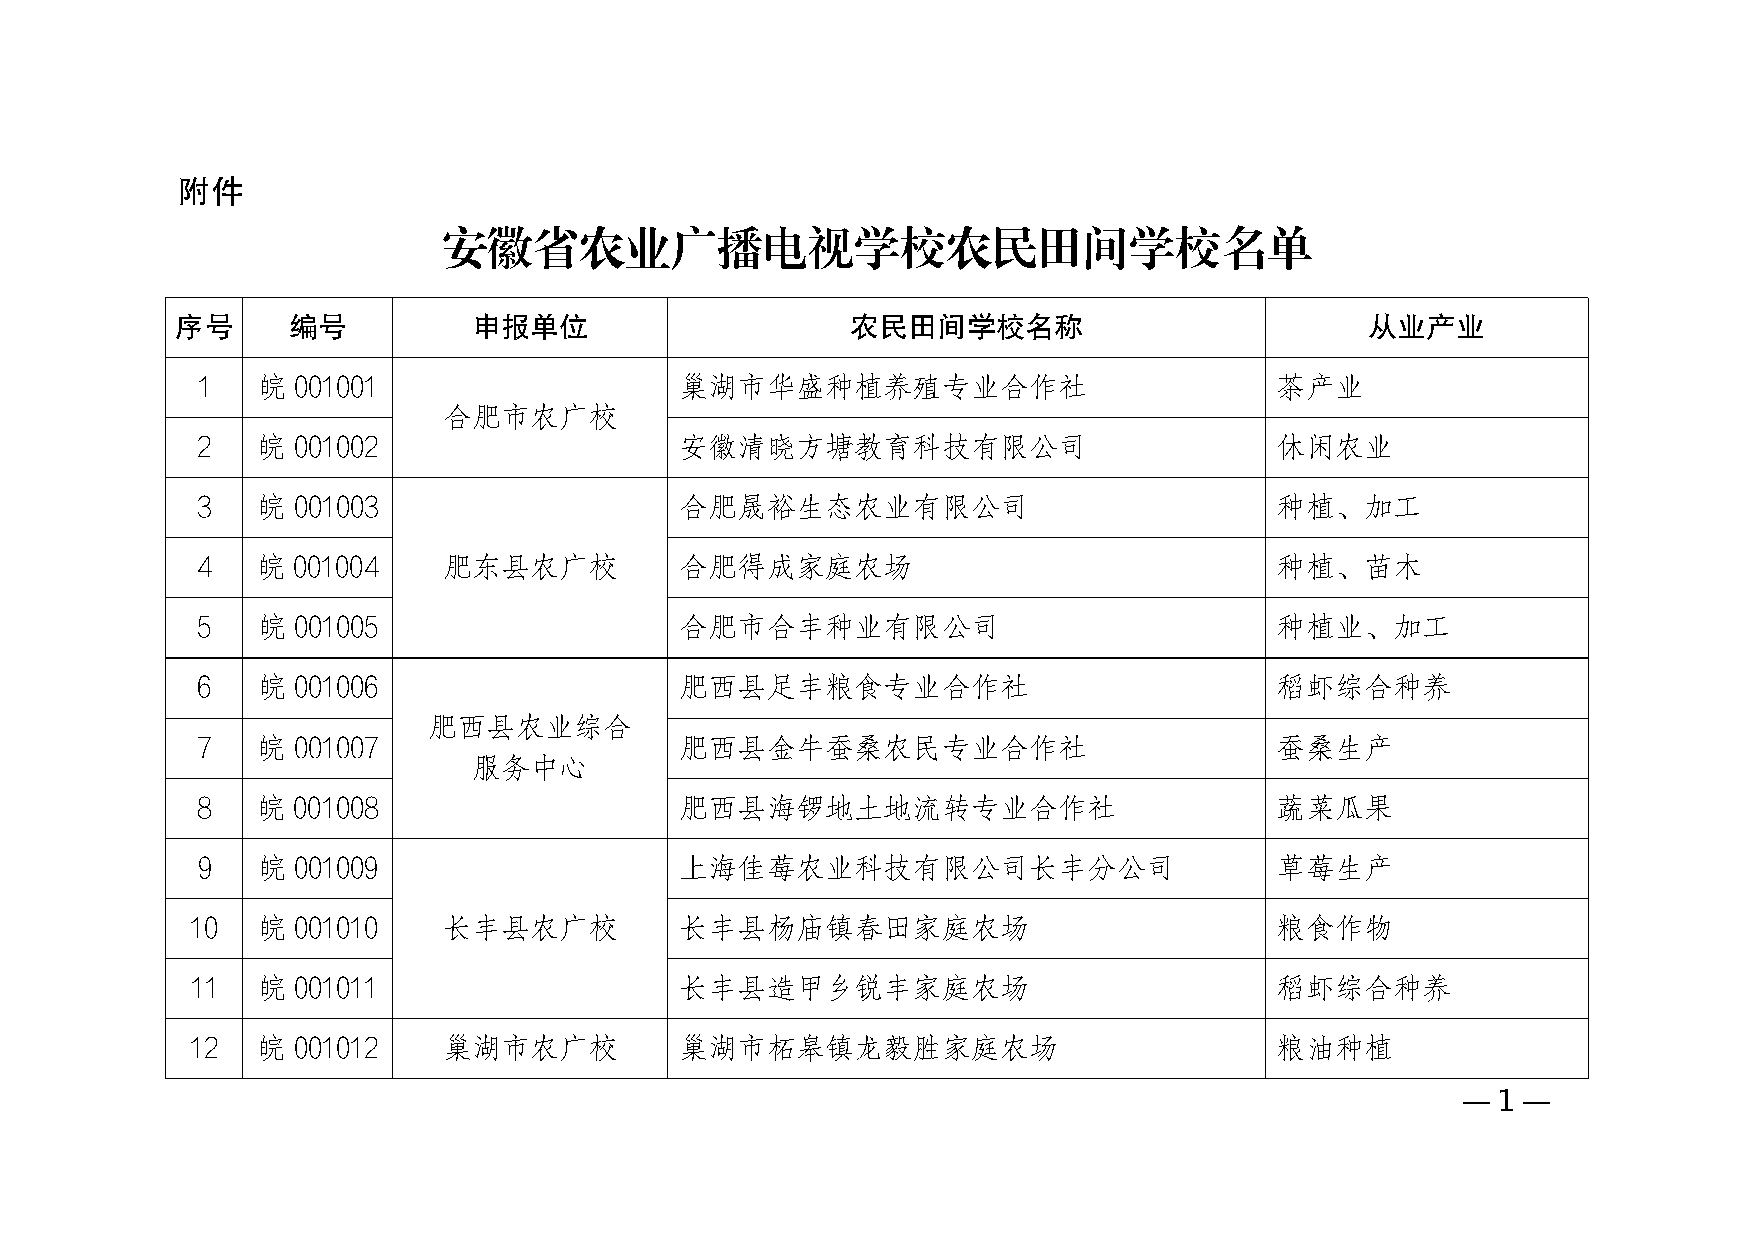
附件
 安徽省农业广播电视学校农民田间学校名单
 序号     编号          申报单位                     农民田间学校名称                           从业产业
 1   皖 001001                    巢湖市华盛种植养殖专业合作社                         茶产业
 合肥市农广校
 2   皖 001002                    安徽清晓方塘教育科技有限公司                         休闲农业
 3   皖 001003                    合肥晟裕生态农业有限公司                           种植、加工
 4   皖 001004    肥东县农广校          合肥得成家庭农场                               种植、苗木
 5   皖 001005                    合肥市合丰种业有限公司                            种植业、加工
 6   皖 001006                    肥西县足丰粮食专业合作社                           稻虾综合种养
 肥西县农业综合
 7   皖 001007                    肥西县金牛蚕桑农民专业合作社                         蚕桑生产
 服务中心
 8   皖 001008                    肥西县海锣地土地流转专业合作社                        蔬菜瓜果
 9   皖 001009                    上海佳莓农业科技有限公司长丰分公司                      草莓生产
 10  皖 001010    长丰县农广校          长丰县杨庙镇春田家庭农场                           粮食作物
 11  皖 001011                    长丰县造甲乡锐丰家庭农场                           稻虾综合种养
 12  皖 001012    巢湖市农广校          巢湖市柘皋镇龙毅胜家庭农场                          粮油种植
 —1—